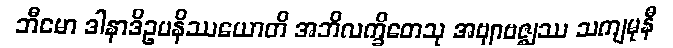
ဘီမော ဒါနာဒိဥပနိဿယောတိ အဘိလက္ခိတေသု အဗျာဗဇ္ဈဿ သကျမုနီ